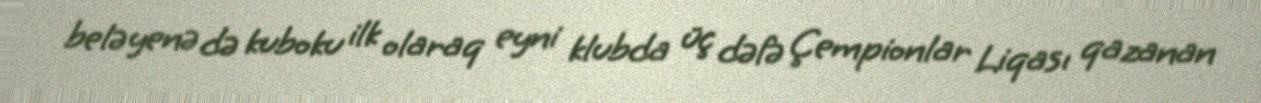
belə yenə də kuboku ilk olaraq eyni klubda üç dəfə Çempionlar Liqası qazanan